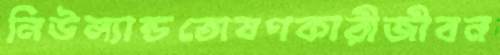
নিউল্যান্ডতোষণকারীজীবন